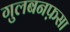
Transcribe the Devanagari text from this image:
गुलबनफ़सा